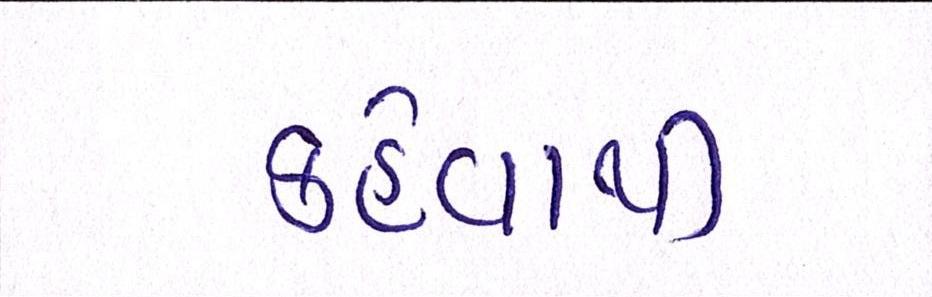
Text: કહેવાથી